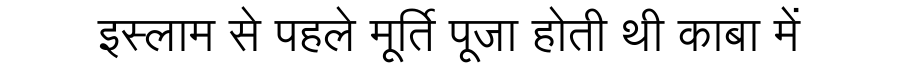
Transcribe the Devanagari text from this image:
इस्लाम से पहले मूर्ति पूजा होती थी काबा में